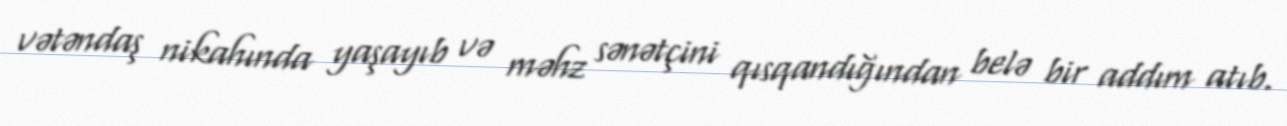
vətəndaş nikahında yaşayıb və məhz sənətçini qısqandığından belə bir addım atıb.